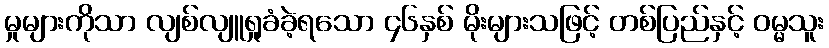
မှုများကိုသာ လျစ်လျူရှုခံခဲ့ရသော ၄၆နှစ် မိုးများသဖြင့် တစ်ပြည်နှင့် ဝမ္မသူး